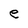
Character: e